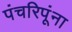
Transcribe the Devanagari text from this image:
पंचरिपूंना